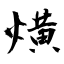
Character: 熿